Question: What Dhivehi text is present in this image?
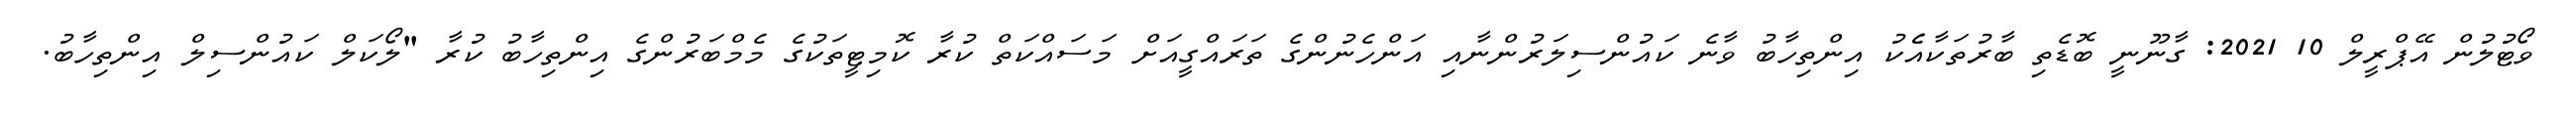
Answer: ވޯޓުލުން އޭޕްރީލް 10 2021: ގާނޫނީ ބޮޑެތި ބާރުތަކާއެެކު އިންތިހާބު ވާނެ ކައުންސިލަރުންނާއި އަންހެނުންގެ ތަރައްގީއަށް މަސައްކަތް ކުރާ ކޮމިޓީތަކުގެ މެމްބަރުންގެ އިންތިހާބު ކުރާ "ލޯކަލް ކައުންސިލް އިންތިހާބު.